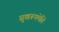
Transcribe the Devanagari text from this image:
सुखरूपमेति